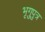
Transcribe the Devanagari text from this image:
भृगुपुत्र